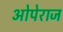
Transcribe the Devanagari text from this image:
ओपेराज